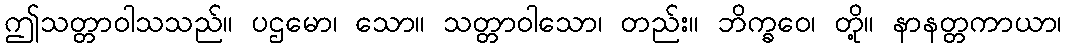
ဤသတ္တာဝါသသည်။ ပဌမော၊ သော။ သတ္တာဝါသော၊ တည်း။ ဘိက္ခဝေ၊ တို့။ နာနတ္တကာယာ၊